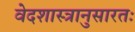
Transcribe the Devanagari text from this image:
वेदशास्त्रानुसारतः